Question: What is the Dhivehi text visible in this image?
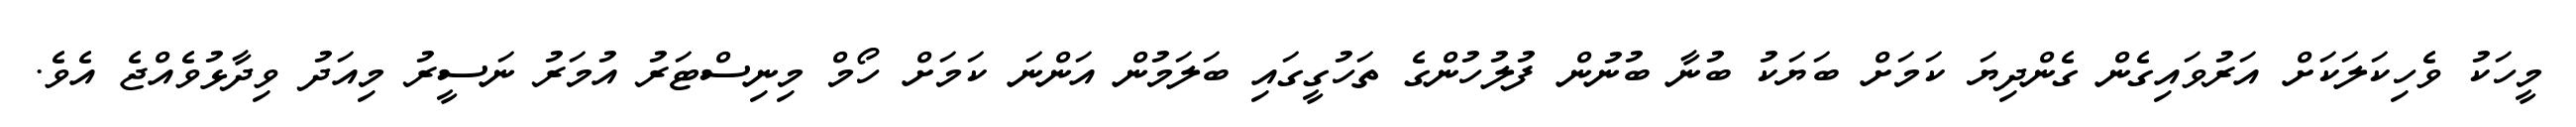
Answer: މީހަކު ވެހިކަލަކަށް އަރުވައިގެން ގެންދިޔަ ކަމަށް ބަޔަކު ބުނާ ބުނުން ފުލުހުންގެ ތަހުގީގައި ބަލަމުން އަންނަ ކަމަށް ހޯމް މިނިސްޓަރު އުމަރު ނަސީރު މިއަދު ވިދާޅުވެއްޖެ އެވެ.